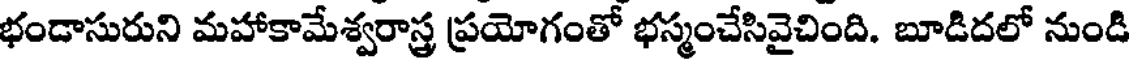
భండాసురుని మహాకామేశ్వరాస్త్ర ప్రయోగంతో భస్మంచేసివైచింది. బూడిదలో నుండి